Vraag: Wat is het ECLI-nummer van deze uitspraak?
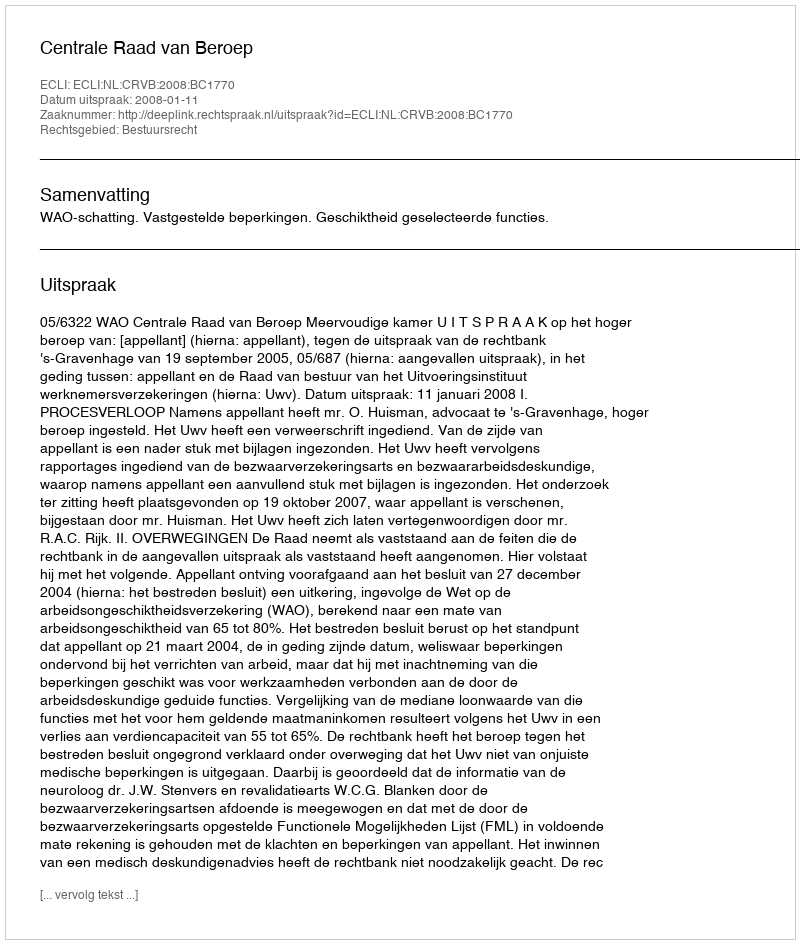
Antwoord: ECLI:NL:CRVB:2008:BC1770